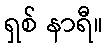
ရှစ် နာရီ။